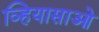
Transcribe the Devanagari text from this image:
व्हियासाओ